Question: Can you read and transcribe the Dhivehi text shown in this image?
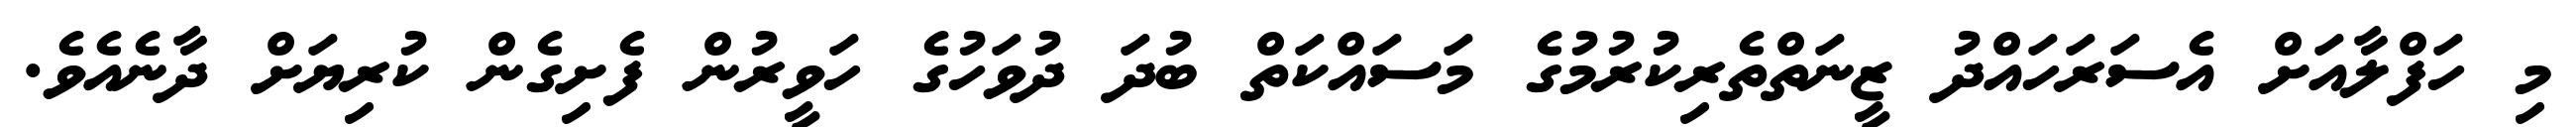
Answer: މި ހަފްލާއަށް އެސަރަހައްދު ޒީނަތްތެރިކުރުމުގެ މަސައްކަތް ބުދަ ދުވަހުގެ ހަވީރުން ފެށިގެން ކުރިޔަށް ދާނެއެވެ.